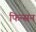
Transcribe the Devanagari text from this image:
फिन्सन